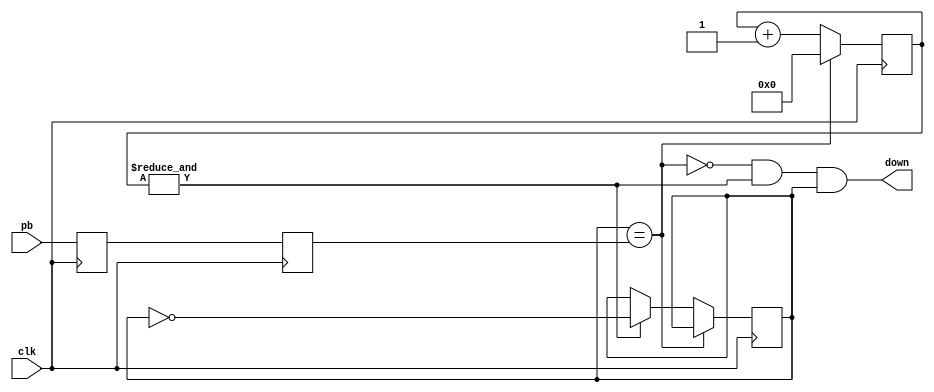
`timescale 1ns / 1ps
//////////////////////////////////////////////////////////////////////////////////
// Company: 
// Engineer: 
// 
// Design Name: 
// Module Name:    PushButton_Debouncer 
// Project Name: 
// Target Devices: 
// Tool versions: 
// Description: 
//
// Dependencies: 
//
// Revision: 
// Revision 0.01 - File Created
// Additional Comments: 
//
//////////////////////////////////////////////////////////////////////////////////
module PushButton_Debouncer(
    input clk,
    input pb,
    output down
);

reg state;
reg sync_0;  always @(posedge clk) sync_0 <= pb;  
reg sync_1;  always @(posedge clk) sync_1 <= sync_0;

reg [15:0] count;

wire idle = (state==sync_1);
wire count_max = &count;	

always @(posedge clk)
if(idle)
    count <= 0;  
else
begin
    count <= count + 16'd1;  
    if(count_max) state <= ~state;
end
assign down = ~idle & count_max & state;
endmodule